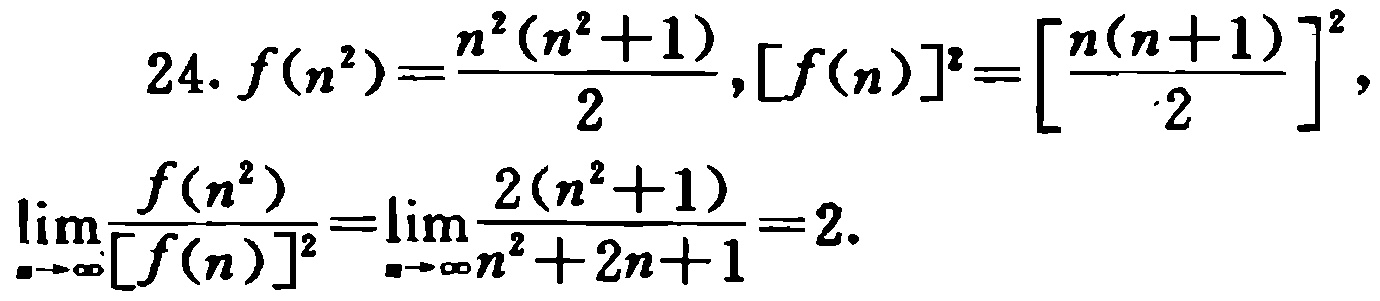
\[

\begin{align*}

24.\ f(n^{2})&=\frac{n^{2}(n^{2}+1)}{2},[f(n)]^{2}=\left[\frac{n(n + 1)}{2}\right]^{2},\\

\lim_{n\rightarrow\infty}\frac{f(n^{2})}{[f(n)]^{2}}&=\lim_{n\rightarrow\infty}\frac{2(n^{2}+1)}{n^{2}+2n + 1}=2.

\end{align*}

\]